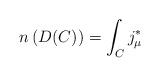
LaTeX: \begin{align*}n\left( D(C)\right) =\int_{C}j_{\mu }^{*} \end{align*}